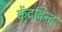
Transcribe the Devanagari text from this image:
केंद्रबिन्दु